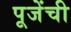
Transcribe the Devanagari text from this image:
पूजेंची